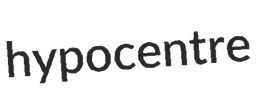
hypocentre